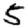
Digit: 5